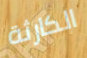
الكارثة